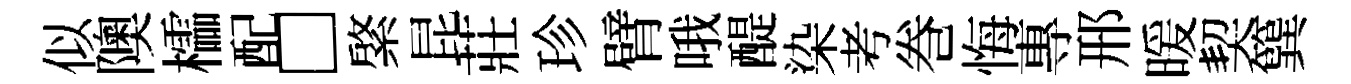
似隩櫺配□綮昆莊珍臂哦醍染考巻悔專邢暖契簨